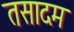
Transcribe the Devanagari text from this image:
तसादम